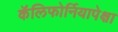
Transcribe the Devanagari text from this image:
कॅलिफोर्नियापेक्षा